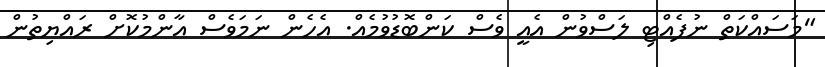
"މަސައްކަތް ނުފެއްޓި ލަސްވުން އެއީ ވެސް ކަންބޮޑުވުމެއް. އެހެން ނަމަވެސް އާންމުކޮށް ރައްޔިތުން